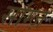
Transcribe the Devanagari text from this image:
सांग्ज़